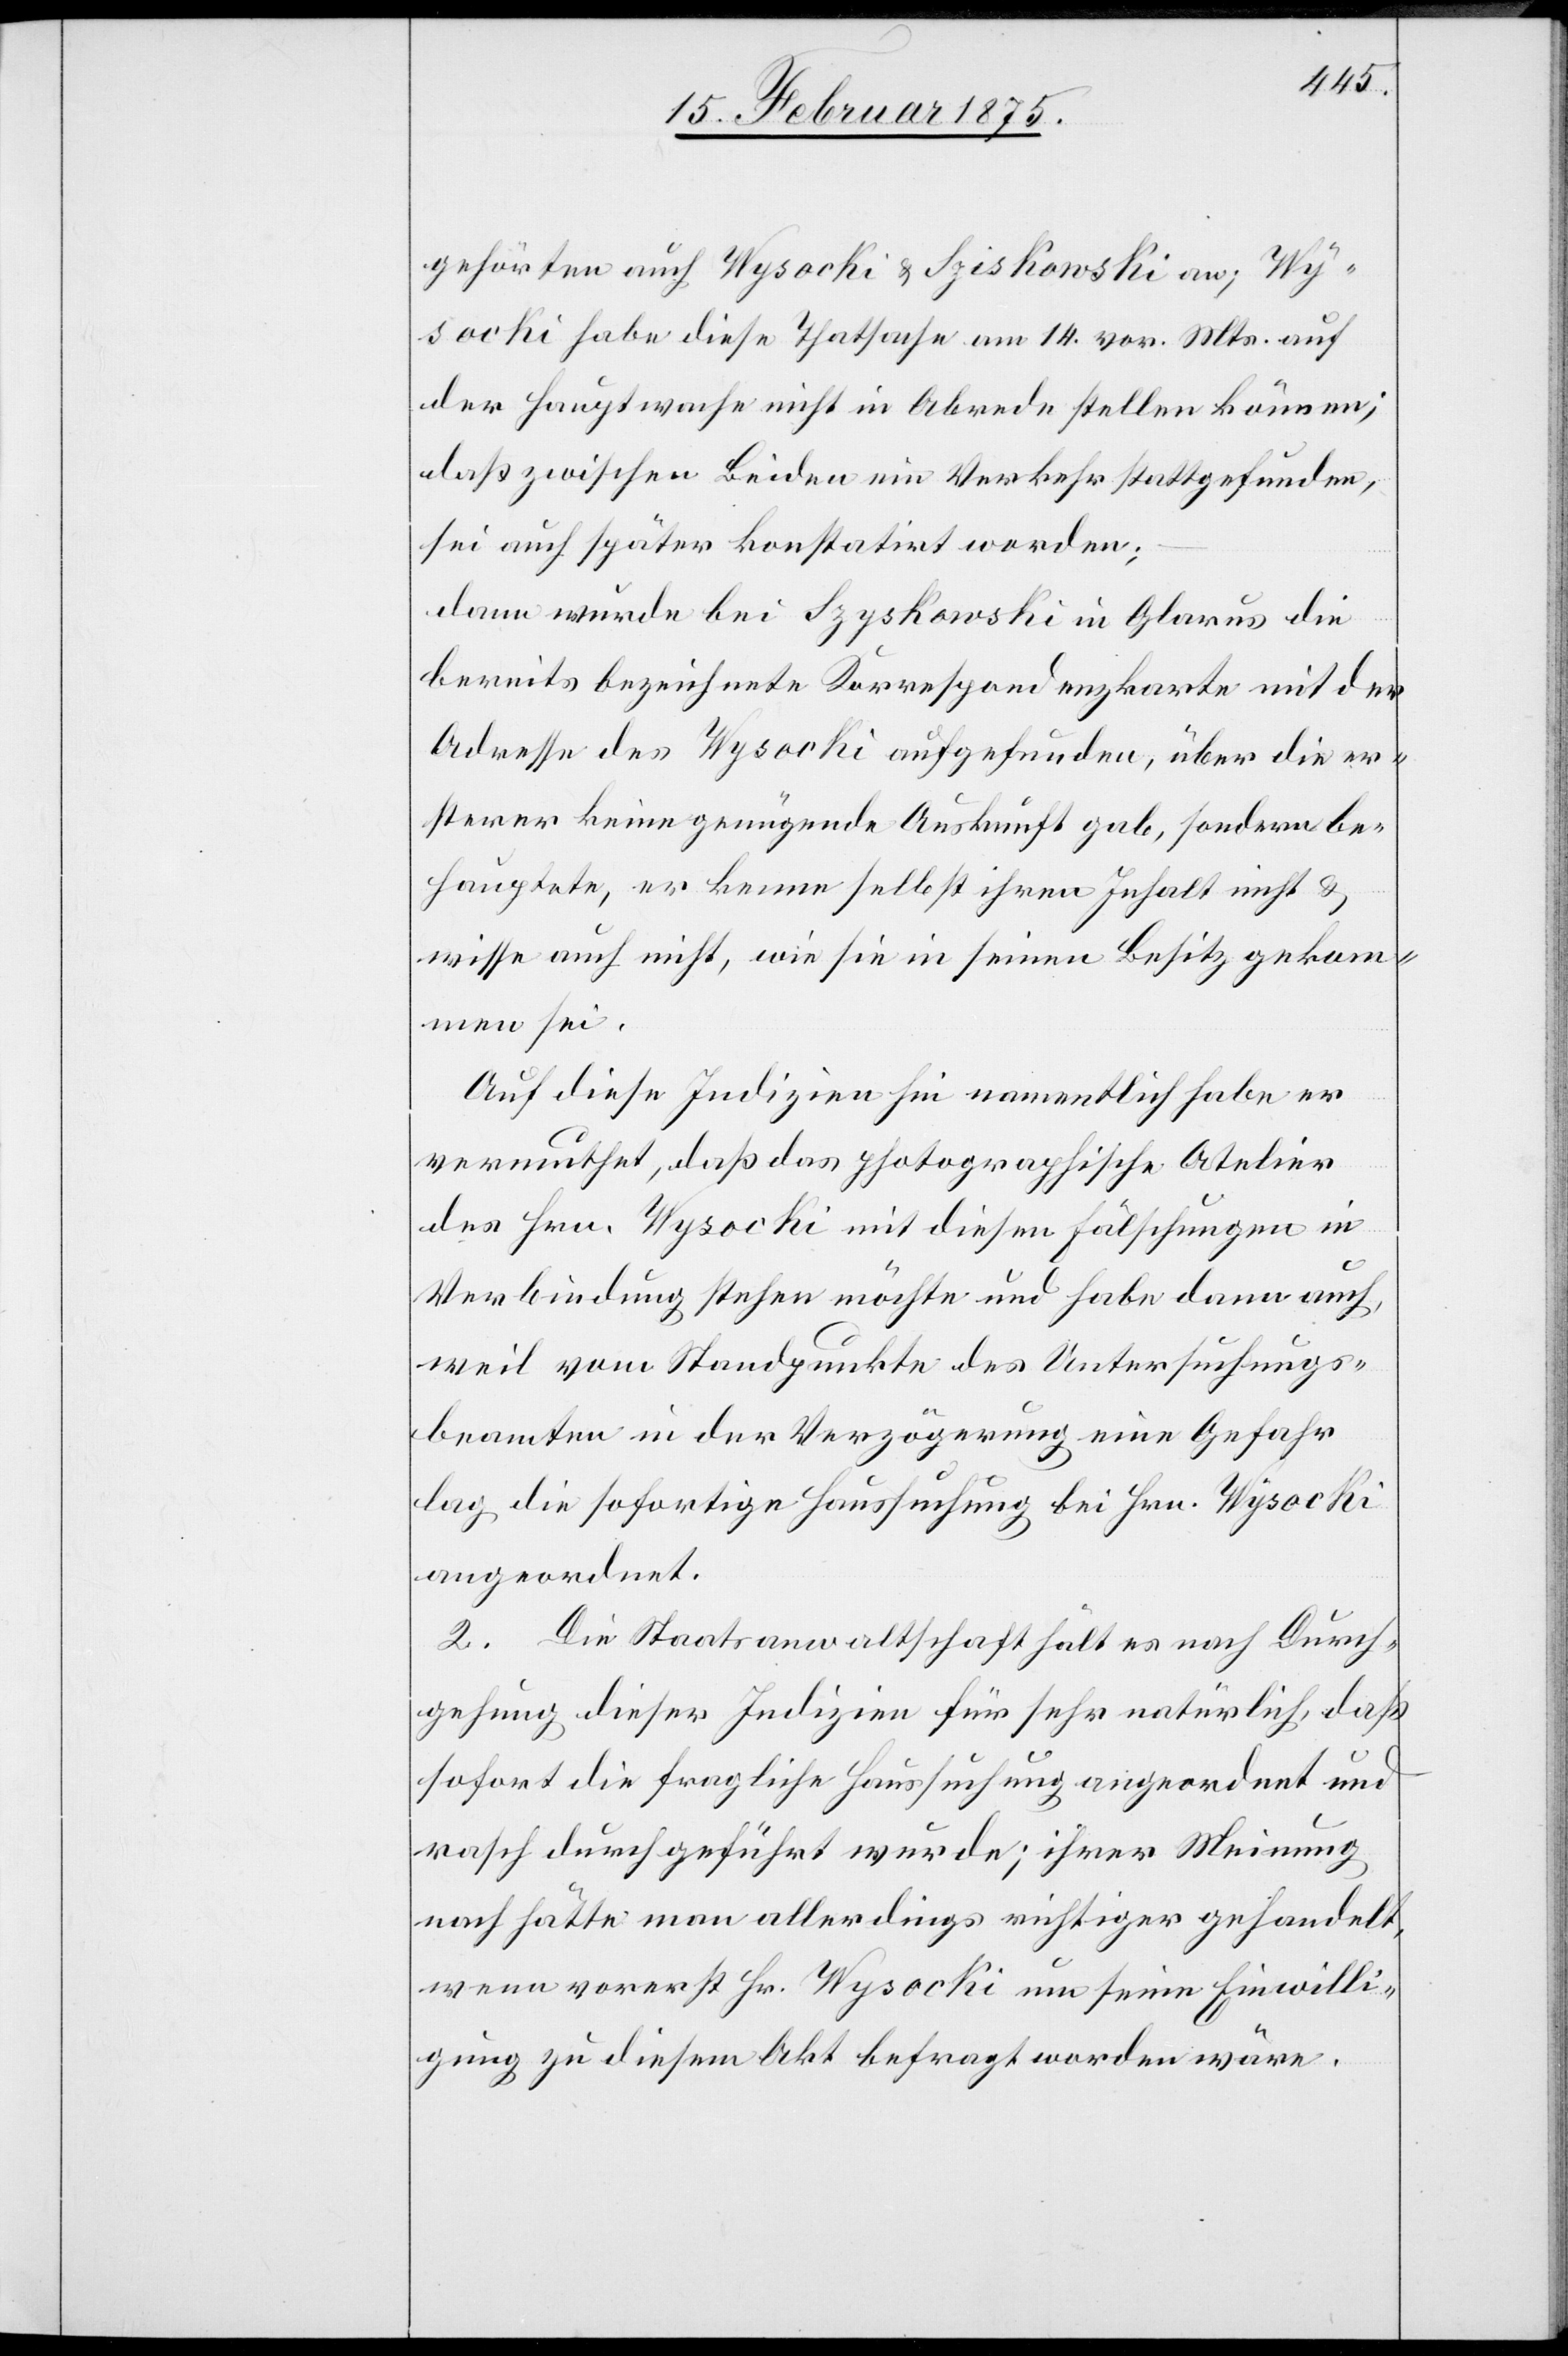
gehörten auch Wysocki & Sziskowski [sic!]
Wysocki habe diese Thatsache am 14. vor. Mts. auf
der Hauptwache nicht in Abrede stellen können;
daß zwischen Beiden ein Verkehr stattgefunden,
sei auch später konstatirt worden;
dann wurde bei Szyskowski in Glarus die
bereits bezeichnete Korrespondenzkarte mit der
Adresse des Wysocki aufgefunden, über die er¬
sterer keine genügende Auskunft gab, sondern be¬
hauptete, er kenne selbst ihren Inhalt nicht &
wisse auch nicht, wie sie in seinen Besitz gekom¬
men sei.
Auf diese Indizien hin namentlich habe er
vermuthet, daß das photographische Atelier
des Hrn. Wysocki mit diesen Fälschungen in
Verbindung stehen möchte und habe dann auch,
weil vom Standpunkte des Untersuchungs¬
beamten in der Verzögerung eine Gefahr
lag die sofortige Haussuchung bei Hrn. Wysocki
angeordnet.
2. Die Staatsanwaltschaft hält es nach Durch¬
gehung dieser Indizien für sehr natürlich, daß
sofort die fragliche Haussuchung angeordnet und
rasch durchgeführt wurde; ihrer Meinung
nach hätte man allerdings richtiger gehandelt,
wenn vorerst Hr. Wysocki um seine Einwilli¬
gung zu diesem Akt befragt worden wäre.